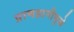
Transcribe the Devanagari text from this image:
प्राणहानीमुळे